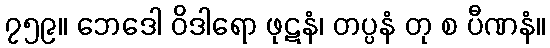
၇၅၉။ ဘေဒေါ ဝိဒါရော ဖုဋနံ၊ တပ္ပနံ တု စ ပီဏနံ။